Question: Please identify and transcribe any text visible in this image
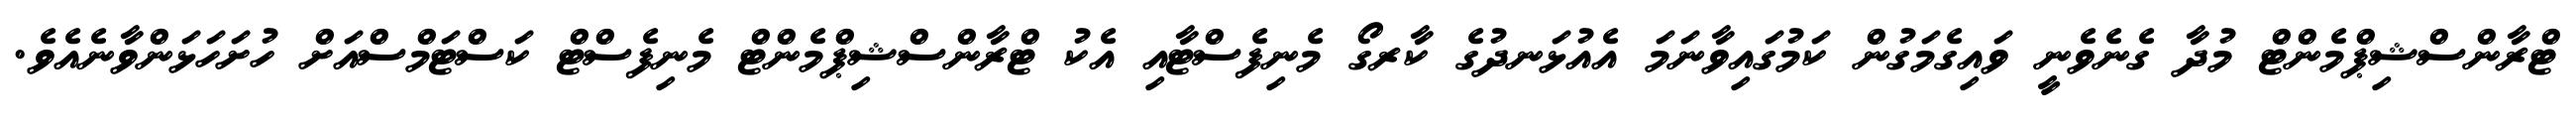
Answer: ޓްރާންސްޝިޕްމެންޓް މުދާ ގެނެވެނީ ވައިގެމަގުން ކަމުގައިވާނަމަ އެއުޅަނދުގެ ކާރގޯ މެނިފެސްޓާއި އެކު ޓްރާންސްޝިޕްމެންޓް މެނިފެސްޓް ކަސްޓަމްސްއަށް ހުށަހަޅަންވާނެއެވެ.